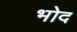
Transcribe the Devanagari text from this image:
भोद